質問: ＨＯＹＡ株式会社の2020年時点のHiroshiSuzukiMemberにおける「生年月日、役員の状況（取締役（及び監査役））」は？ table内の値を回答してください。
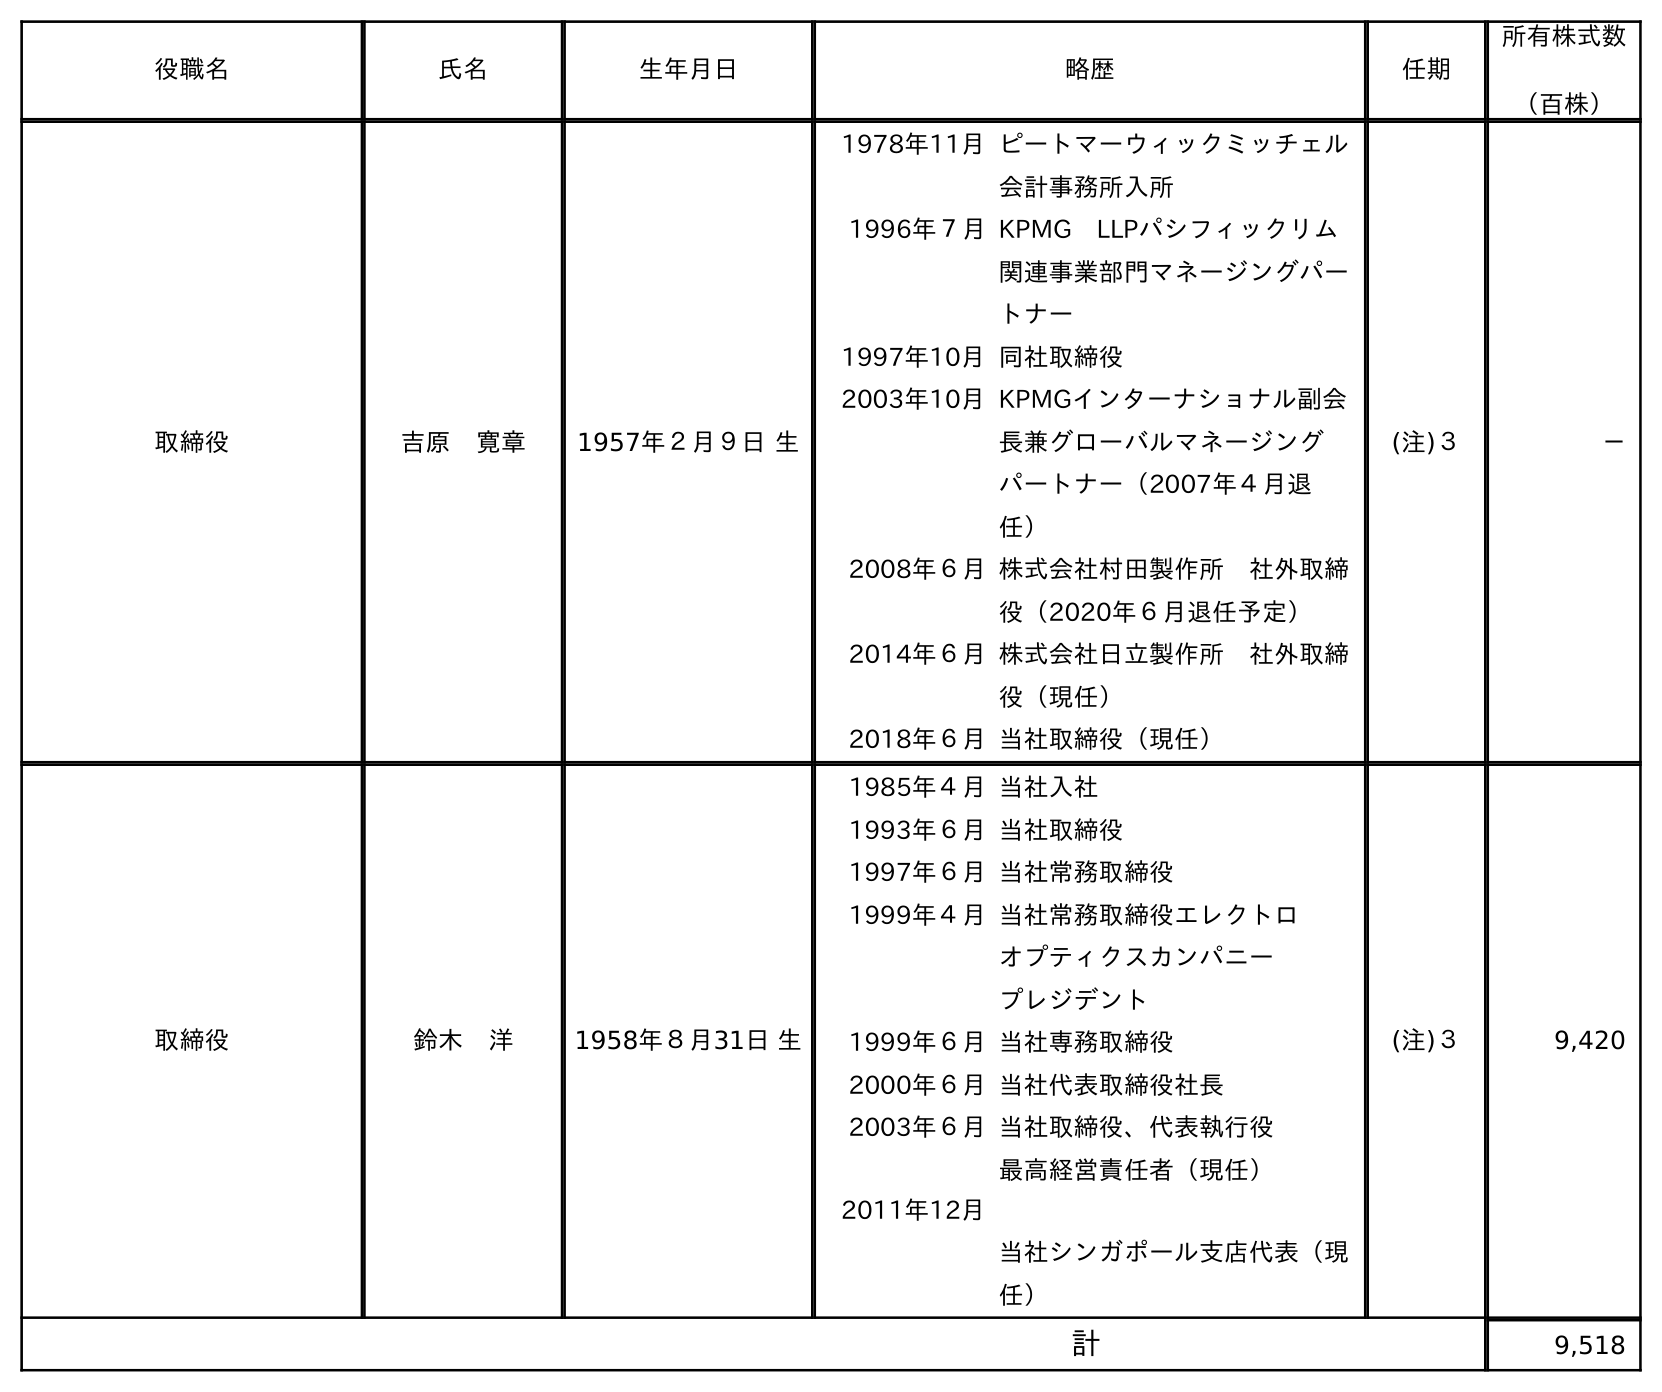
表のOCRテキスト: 役職名 氏名 生年月日 略歴 任期 所有株式数 （百株） 取締役 吉原 寛章 1957年２月９日 生 1978年11月ピートマーウィックミッチェル 会計事務所入所 1996年７月KPMG LLPパシフィックリム 関連事業部門マネージングパー トナー 1997年10月同社取締役 2003年10月KPMGインターナショナル副会 長兼グローバルマネージング パートナー（2007年４月退 任） 2008年６月株式会社村田製作所 社外取締 役（2020年６月退任予定） 2014年６月株式会社日立製作所 社外取締 役（現任） 2018年６月当社取締役（現任） (注)３ － 取締役 鈴木 洋 1958年８月31日 生 1985年４月当社入社 1993年６月当社取締役 1997年６月当社常務取締役 1999年４月当社常務取締役エレクトロ オプティクスカンパニー プレジデント 1999年６月当社専務取締役 2000年６月当社代表取締役社長 2003年６月 2011年12月 当社取締役、代表執行役 最高経営責任者（現任） 当社シンガポール支店代表（現 任） (注)３ 9,420 計 9,518
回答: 1958年８月31日生